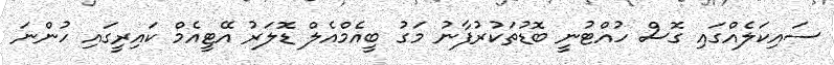
ސައިކަލެއްގައި ގޮސް ހުއްޓުނީ ބޮޑުތަކުރުފާނު މަގު ބީއެމްއެލް ޑޮލަރު އޭޓީއެމް ކައިރީގައި ހުންނަ